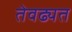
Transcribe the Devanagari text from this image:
तेवढ्यत